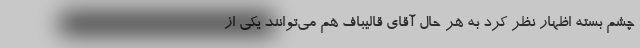
چشم بسته اظهار نظر کرد به هر حال آقای قالیباف هم می‌توانند یکی از